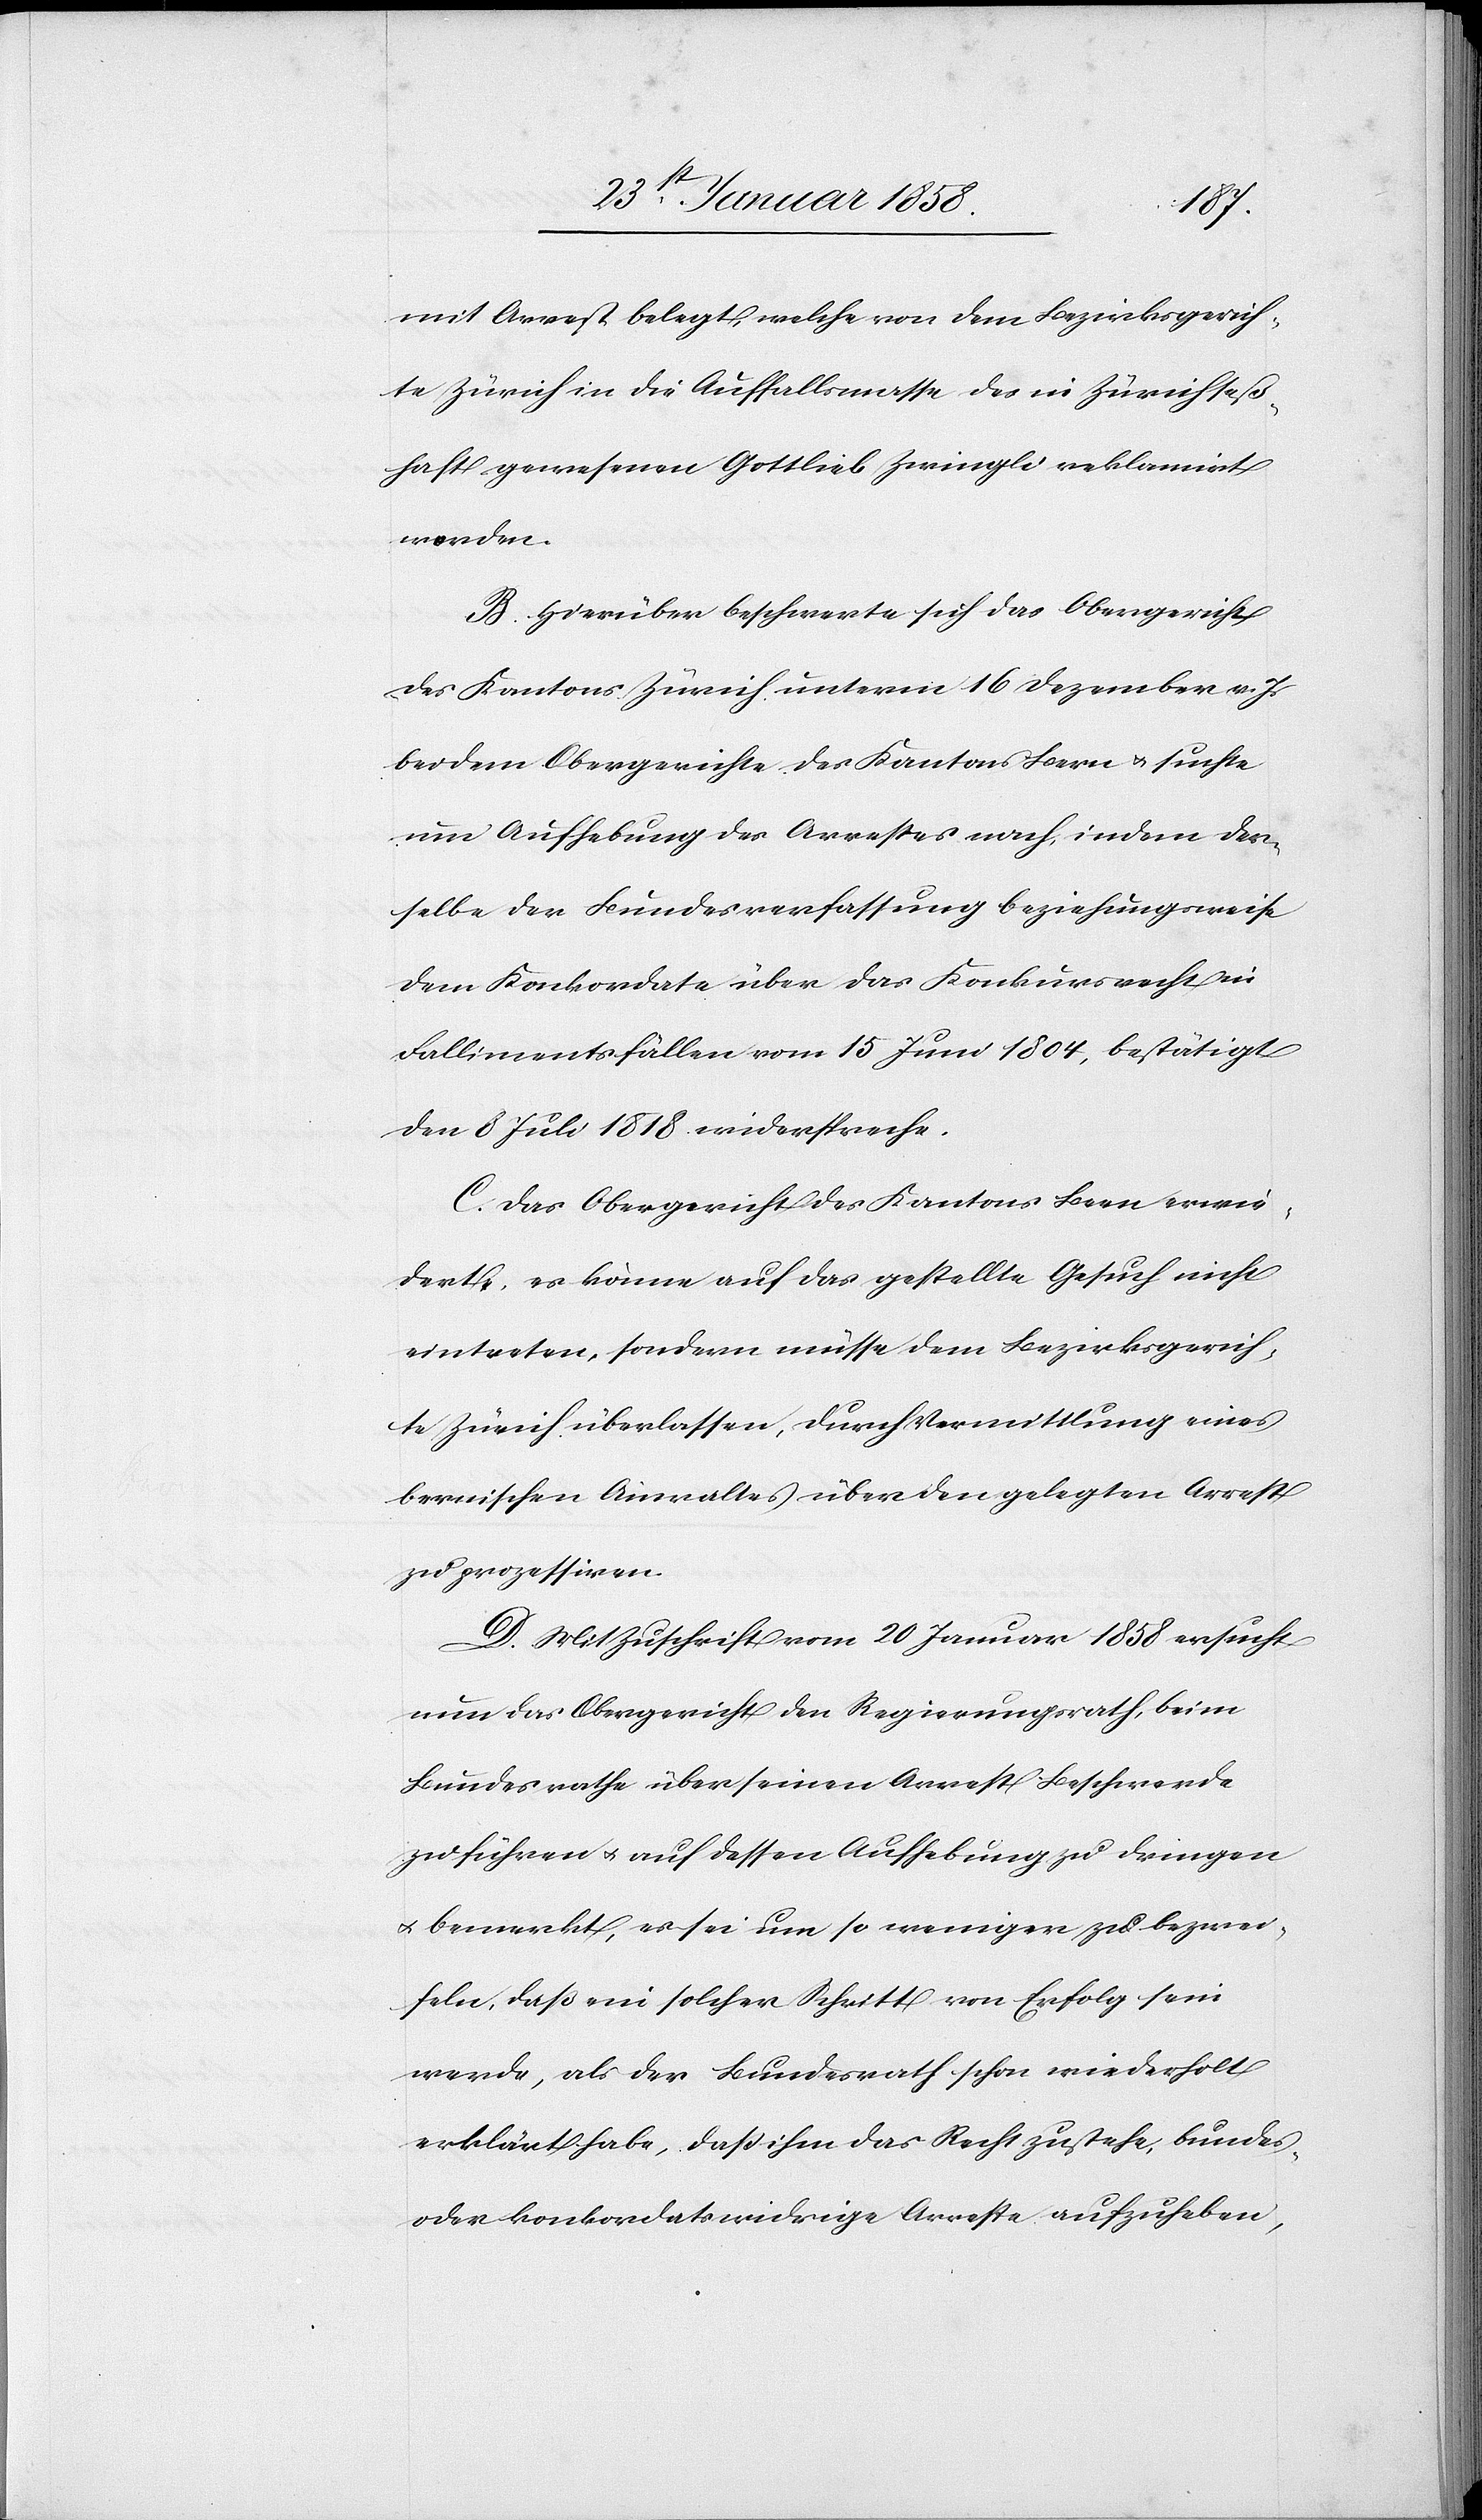
mit Arrest belegt, welche von dem Bezirksgerich¬
te Zürich in die Auffallsmasse des in Zürich seß¬
haft gewesenen Gottlieb Zwingli reklamirt
werden.
B. Hierüber beschwerte sich das Obergericht
des Kantons Zürich unterm 16 Dezember v. Js.
bei dem Obergerichte des Kantons Bern u. suchte
um Aufhebung des Arrestes nach, indem der¬
selbe der Bundesverfassung beziehungsweise
dem Konkordate über das Konkursrecht in
Fallimentsfällen vom 15 Juni 1804, bestätigt
den 8 Juli 1818 widerspreche.
C. Das Obergericht des Kantons Bern erwie¬
derte, es könne auf das gestellte Gesuch nicht
eintreten, sondern müsse dem Bezirksgerich¬
te Zürich überlassen, durch Vermittlung eines
bernischen Anwaltes über den gelegten Arrest
zu prozessiren.
D. Mit Zuschrift vom 20 Januar 1858 ersucht
nun das Obergericht den Regierungsrath, beim
Bundesrathe über seinen Arrest Beschwerde
zu führen u. auf dessen Aufhebung zu dringen
u. bemerkt, es sei um so weniger zu bezwei¬
feln, daß ein solcher Schritt von Erfolg sein
werde, als der Bundesrath schon wiederholt
erklärt habe, daß ihm das Recht zustehe, bundes-
oder konkordatswidrige Arreste aufzuheben,